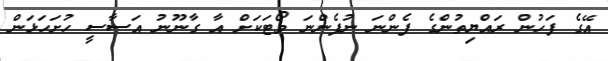
އޭގެ ފަހުން ރައްޔިތުންގެ ފެންނަ ނުފެންނަ ވޯޓަކަށް އާ ގާނޫނު އަސާސީ ހުށަހަޅަން